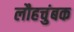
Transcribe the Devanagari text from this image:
लौहचुंबक